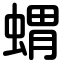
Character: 蝟